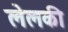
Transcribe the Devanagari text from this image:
लेलकी